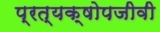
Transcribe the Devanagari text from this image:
प्रत्यक्षोपजीवी